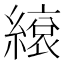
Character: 𦄣